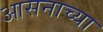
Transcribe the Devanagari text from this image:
आसनाच्या